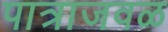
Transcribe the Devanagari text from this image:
पात्राजवळ